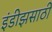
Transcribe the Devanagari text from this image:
इंडीझसाठी